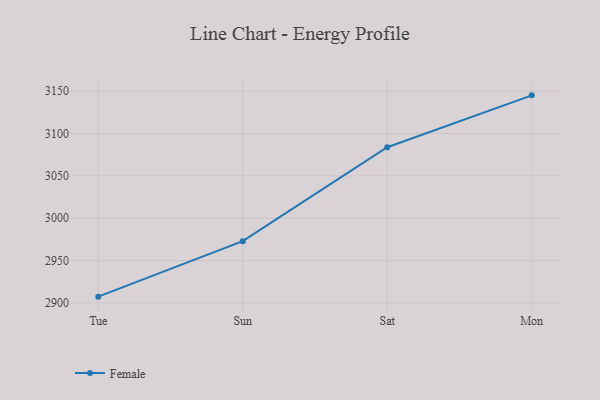
{"axis": {"x": "Day", "y": "LTV (USD)"}, "legend": ["Female"], "data": [{"x": "Tue", "y": 2907.4, "type": "Female"}, {"x": "Sun", "y": 2972.9, "type": "Female"}, {"x": "Sat", "y": 3083.8, "type": "Female"}, {"x": "Mon", "y": 3145.1, "type": "Female"}]}